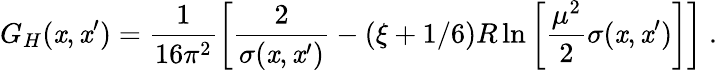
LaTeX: G_{H}(\mathit{x},\mathit{x}^{\prime})=\frac{1}{{16\pi^{2}}}\left[\frac{2}{{\sigma(\mathit{x},\mathit{x}^{\prime})}}-(\xi+1/6)R\ln\left[\frac{{\mu^{2}}}{2}\sigma(\mathit{x},\mathit{x}^{\prime})\right]\right]\ .